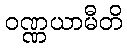
ဝဏ္ဏယာမီတိ